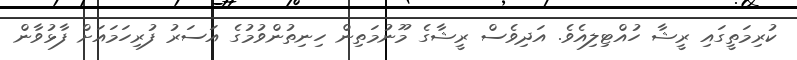
ކުރިމަތީގައި ރީޝާ ހުއްޓިލިއެވެ. އަދިވެސް ރީޝާގެ މޫނުމަތިން ހިނިތުންވުމުގެ އަސަރު ފުރިހަމައަށް ފާޅުވާން